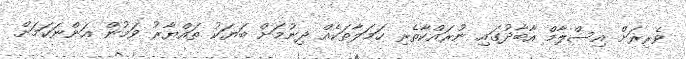
ވެރިރަށް އިސްލާމް އާބާދުގައި ނުރައްކާތެރި ހަމަލާތަކެއް ދިނުމަށް ބަޔަކު ތައްޔާރު ވަމުން އަންނަކަމަށް